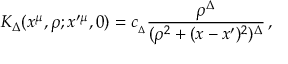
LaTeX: K _ { \Delta } ( x ^ { \mu } , \rho ; x ^ { \prime \mu } , 0 ) = c _ { _ { \Delta } } { \frac { \rho ^ { \Delta } } { ( \rho ^ { 2 } + ( x - x ^ { \prime } ) ^ { 2 } ) ^ { \Delta } } } \, ,